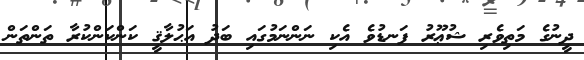
ދީނުގެ މަތިވެރި ޝުޢޫރު ފަނޑުވެ އެކި ނަންނަމުގައި ބަދު އަޙުލާޤީ ކަންކަންކުރާ ތަންތަން